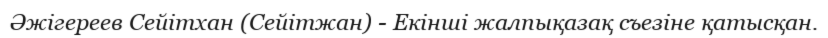
Әжігереев Сейітхан (Сейітжан) - Екінші жалпықазақ съезіне қатысқан.